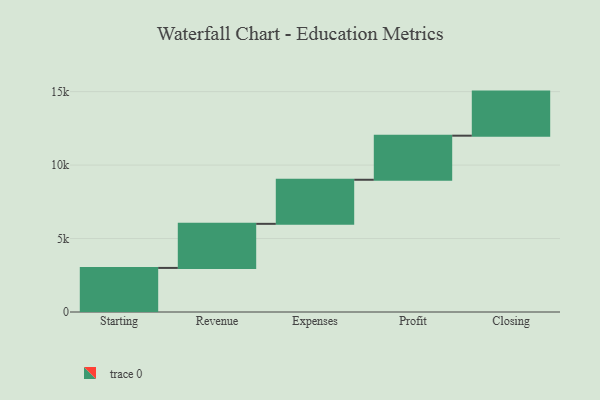
{"axis": {"x": "Step", "y": "Value"}, "legend": [""], "data": [{"x": "Starting", "y": 3000, "type": ""}, {"x": "Revenue", "y": 3000, "type": ""}, {"x": "Expenses", "y": 3000, "type": ""}, {"x": "Profit", "y": 3000, "type": ""}, {"x": "Closing", "y": 3000, "type": ""}]}